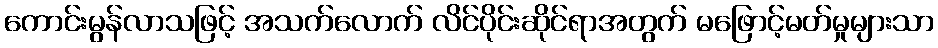
ကောင်းမွန်လာသဖြင့် အသက်လောက် လိင်ပိုင်းဆိုင်ရာအတွက် မဖြောင့်မတ်မှုများသာ